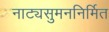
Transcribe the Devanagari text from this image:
नाट्यसुमननिर्मित